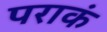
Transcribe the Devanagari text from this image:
पराकं